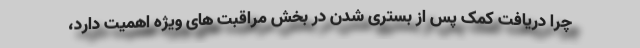
چرا دریافت کمک پس از بستری شدن در بخش مراقبت های ویژه اهمیت دارد،